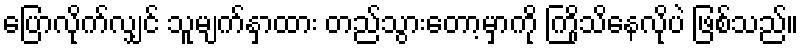
ပြောလိုက်လျှင် သူမျက်နှာထား တည်သွားတော့မှာကို ကြိုသိနေလိုပဲ ဖြစ်သည်။